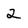
Character: 2